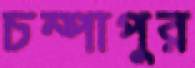
চম্পাপুর